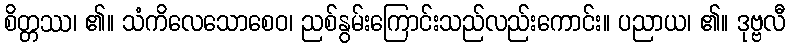
စိတ္တဿ၊ ၏။ သံကိလေသောစေဝ၊ ညစ်နွမ်းကြောင်းသည်လည်းကောင်း။ ပညာယ၊ ၏။ ဒုဗ္ဗလီ